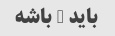
باید 3 باشه